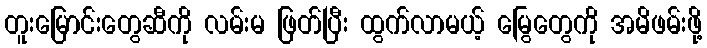
တူးမြောင်းတွေဆီကို လမ်းမ ဖြတ်ပြီး ထွက်လာမယ့် မြွေတွေကို အမိဖမ်းဖို့